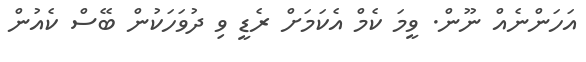
އަހަންނެއް ނޫން. ވީމަ ކެމް އެކަމަށް ރެޑީ ވި ދުވަހަކުން ބޭސް ކެއުން